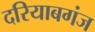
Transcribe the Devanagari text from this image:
दरियाबगंज